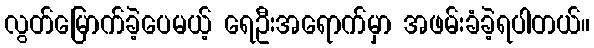
လွတ်မြောက်ခဲ့ပေမယ့် ရေဦးအရောက်မှာ အဖမ်းခံခဲ့ရပါတယ်။